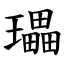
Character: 瓃